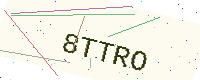
Text: 8TTRO